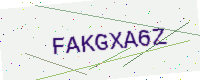
Text: FAKGXA6Z